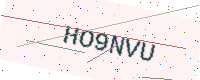
Text: HO9NVU